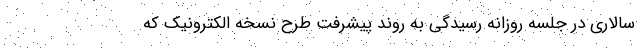
سالاری در جلسه روزانه رسیدگی به روند پیشرفت طرح نسخه الکترونیک که